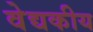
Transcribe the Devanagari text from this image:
वेद्यकीय